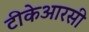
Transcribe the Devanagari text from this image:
टीकेआरसी